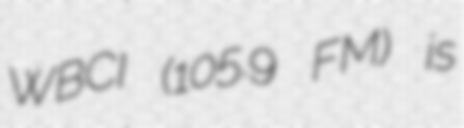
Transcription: WBCI (105.9 FM) is